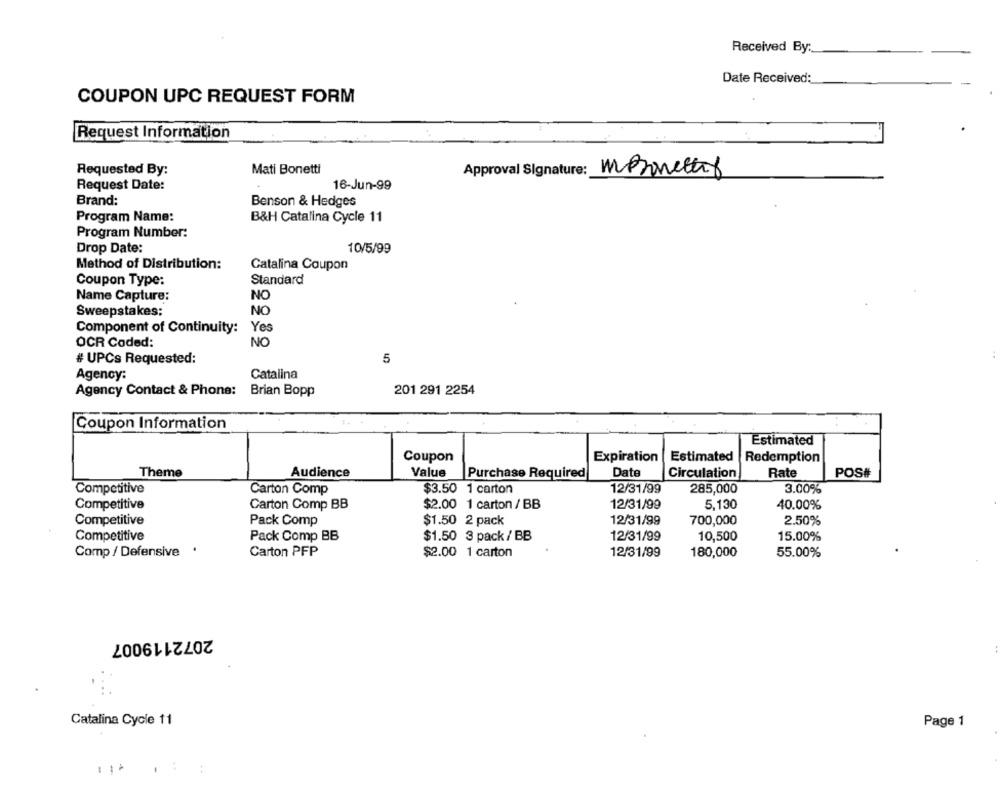
Received By:
Date Received:
COUPON UPC REQUEST FORM
Request Information
Requested By:
Mati Bonetti
Approval Signature: Mpsonettir
Request Date:
16-Jun-99
Brand:
Benson & Hedges
Program Name:
B&H Catalina Cycle 11
Program Number:
Drop Date:
10/5/99
Method of Distribution:
Catalina Coupon
Coupon Type:
Standard
Name Capture:
NO
Sweepstakes:
NO
Component of Continuity:
Yes
OCR Coded:
NO
# UPCs Requested:
5
Agency:
Catalina
Agency Contact & Phone:
Brian Bopp
201 291 2254
Coupon Information
Estimated
Coupon
Expiration
Estimated |Redemption
Theme
Audience
Value
Purchase Required
Date
Circulation
Rate
POS#
Competitive
Carton Comp
$3.50 1 carton
12/31/99
285,000
3.00%
Competitive
Carton Comp BB
$2.00 1 carton / BB
12/31/99
5,130
40.00%
Competitive
Pack Comp
$1.50 2 pack
12/31/99
700,000
2.50%
Competitive
Pack Comp BB
$1.50 3 pack / BB
12/31/99
10,500
15.00%
Comp / Defensive
Carton PFP
$2.00 1 carton
12/31/99
180,000
55.00%
2072119007
Catalina Cycle 11
Page 1